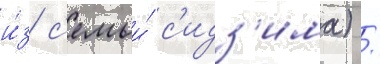
и́з с'емьи́ с'идз'има) /